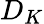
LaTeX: D_{K}